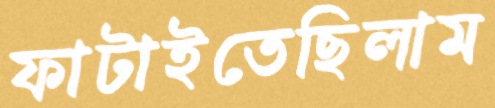
ফাটাইতেছিলাম